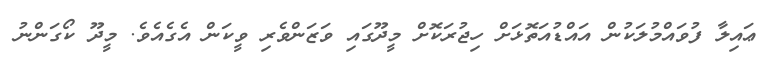
ޢައިލާ ފުވައްމުލަކުން އައްޑުއަތޮޅަށް ހިޖުރަކޮށް މީދޫގައި ވަޒަންވެރި ވީކަން އެގެއެވެ. މީދޫ ކޯގަންނު